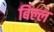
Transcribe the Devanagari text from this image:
बिल्ल